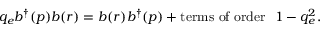
q _ { e } b ^ { \dagger } ( p ) b ( r ) = b ( r ) b ^ { \dagger } ( p ) + \mathrm { t e r m s ~ o f ~ o r d e r } ~ ~ 1 - q _ { e } ^ { 2 } .